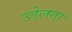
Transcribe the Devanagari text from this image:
उड़ेलता